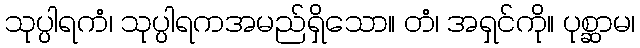
သုပ္ပါရကံ၊ သုပ္ပါရကအမည်ရှိသော။ တံ၊ အရှင်ကို။ ပုစ္ဆာမ၊